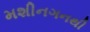
મશીનગનથી